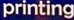
printing